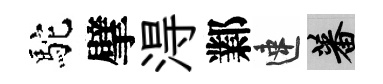
駝擘淂鄴速蕃